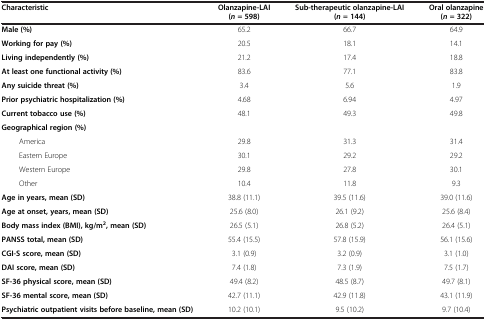
<table><thead><tr><td><b>Characteristic</b></td><td><b>Olanzapine-LAI (<i>n </i>= 598)</b></td><td><b>Sub-therapeutic olanzapine-LAI (<i>n </i>= 144)</b></td><td><b>Oral olanzapine (<i>n </i>= 322)</b></td></tr></thead><tbody><tr><td><b>Male (%)</b></td><td>65.2</td><td>66.7</td><td>64.9</td></tr><tr><td><b>Working for pay (%)</b></td><td>20.5</td><td>18.1</td><td>14.1</td></tr><tr><td><b>Living independently (%)</b></td><td>21.2</td><td>17.4</td><td>18.8</td></tr><tr><td><b>At least one functional activity (%)</b></td><td>83.6</td><td>77.1</td><td>83.8</td></tr><tr><td><b>Any suicide threat (%)</b></td><td>3.4</td><td>5.6</td><td>1.9</td></tr><tr><td><b>Prior psychiatric hospitalization (%)</b></td><td>4.68</td><td>6.94</td><td>4.97</td></tr><tr><td><b>Current tobacco use (%)</b></td><td>48.1</td><td>49.3</td><td>49.8</td></tr><tr><td><b>Geographical region (%)</b></td><td> </td><td> </td><td> </td></tr><tr><td>America</td><td>29.8</td><td>31.3</td><td>31.4</td></tr><tr><td>Eastern Europe</td><td>30.1</td><td>29.2</td><td>29.2</td></tr><tr><td>Western Europe</td><td>29.8</td><td>27.8</td><td>30.1</td></tr><tr><td>Other</td><td>10.4</td><td>11.8</td><td>9.3</td></tr><tr><td><b>Age in years, mean (SD)</b></td><td>38.8 (11.1)</td><td>39.5 (11.6)</td><td>39.0 (11.6)</td></tr><tr><td><b>Age at onset, years, mean (SD)</b></td><td>25.6 (8.0)</td><td>26.1 (9.2)</td><td>25.6 (8.4)</td></tr><tr><td><b>Body mass index (BMI), kg/m</b><sup><b>2</b></sup><b>, mean (SD)</b></td><td>26.5 (5.1)</td><td>26.8 (5.2)</td><td>26.4 (5.1)</td></tr><tr><td><b>PANSS total, mean (SD)</b></td><td>55.4 (15.5)</td><td>57.8 (15.9)</td><td>56.1 (15.6)</td></tr><tr><td><b>CGI-S score, mean (SD)</b></td><td>3.1 (0.9)</td><td>3.2 (0.9)</td><td>3.1 (1.0)</td></tr><tr><td><b>DAI score, mean (SD)</b></td><td>7.4 (1.8)</td><td>7.3 (1.9)</td><td>7.5 (1.7)</td></tr><tr><td><b>SF-36 physical score, mean (SD)</b></td><td>49.4 (8.2)</td><td>48.5 (8.7)</td><td>49.7 (8.1)</td></tr><tr><td><b>SF-36 mental score, mean (SD)</b></td><td>42.7 (11.1)</td><td>42.9 (11.8)</td><td>43.1 (11.9)</td></tr><tr><td><b>Psychiatric outpatient visits before baseline, mean (SD)</b></td><td>10.2 (10.1)</td><td>9.5 (10.2)</td><td>9.7 (10.4)</td></tr></tbody></table>